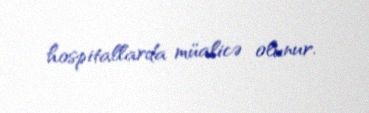
hospitallarda müalicə olunur.